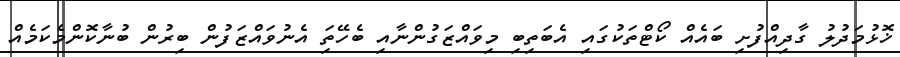
ޚޮޅުމަދުލު ގާދިއްފުށި ބައެއް ކޯޓްތަކުގައި އެބަތިބި މިވައްޒަގުންނާއި ބެހޭތަި އެނުވައްޒަފުން ބިރުން ބުނާކޮންމެކަމެއް